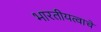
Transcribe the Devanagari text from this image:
भारतीयत्वाचे